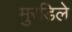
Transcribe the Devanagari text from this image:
मुरडिले